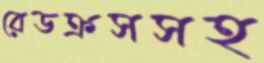
রেডক্রসসহ